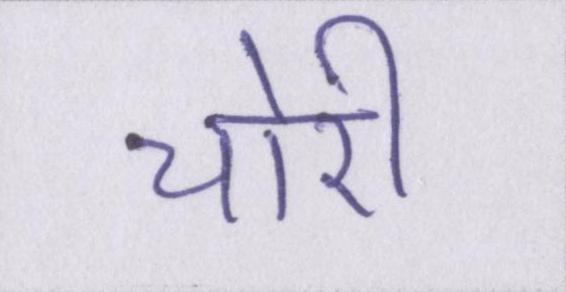
चोरी